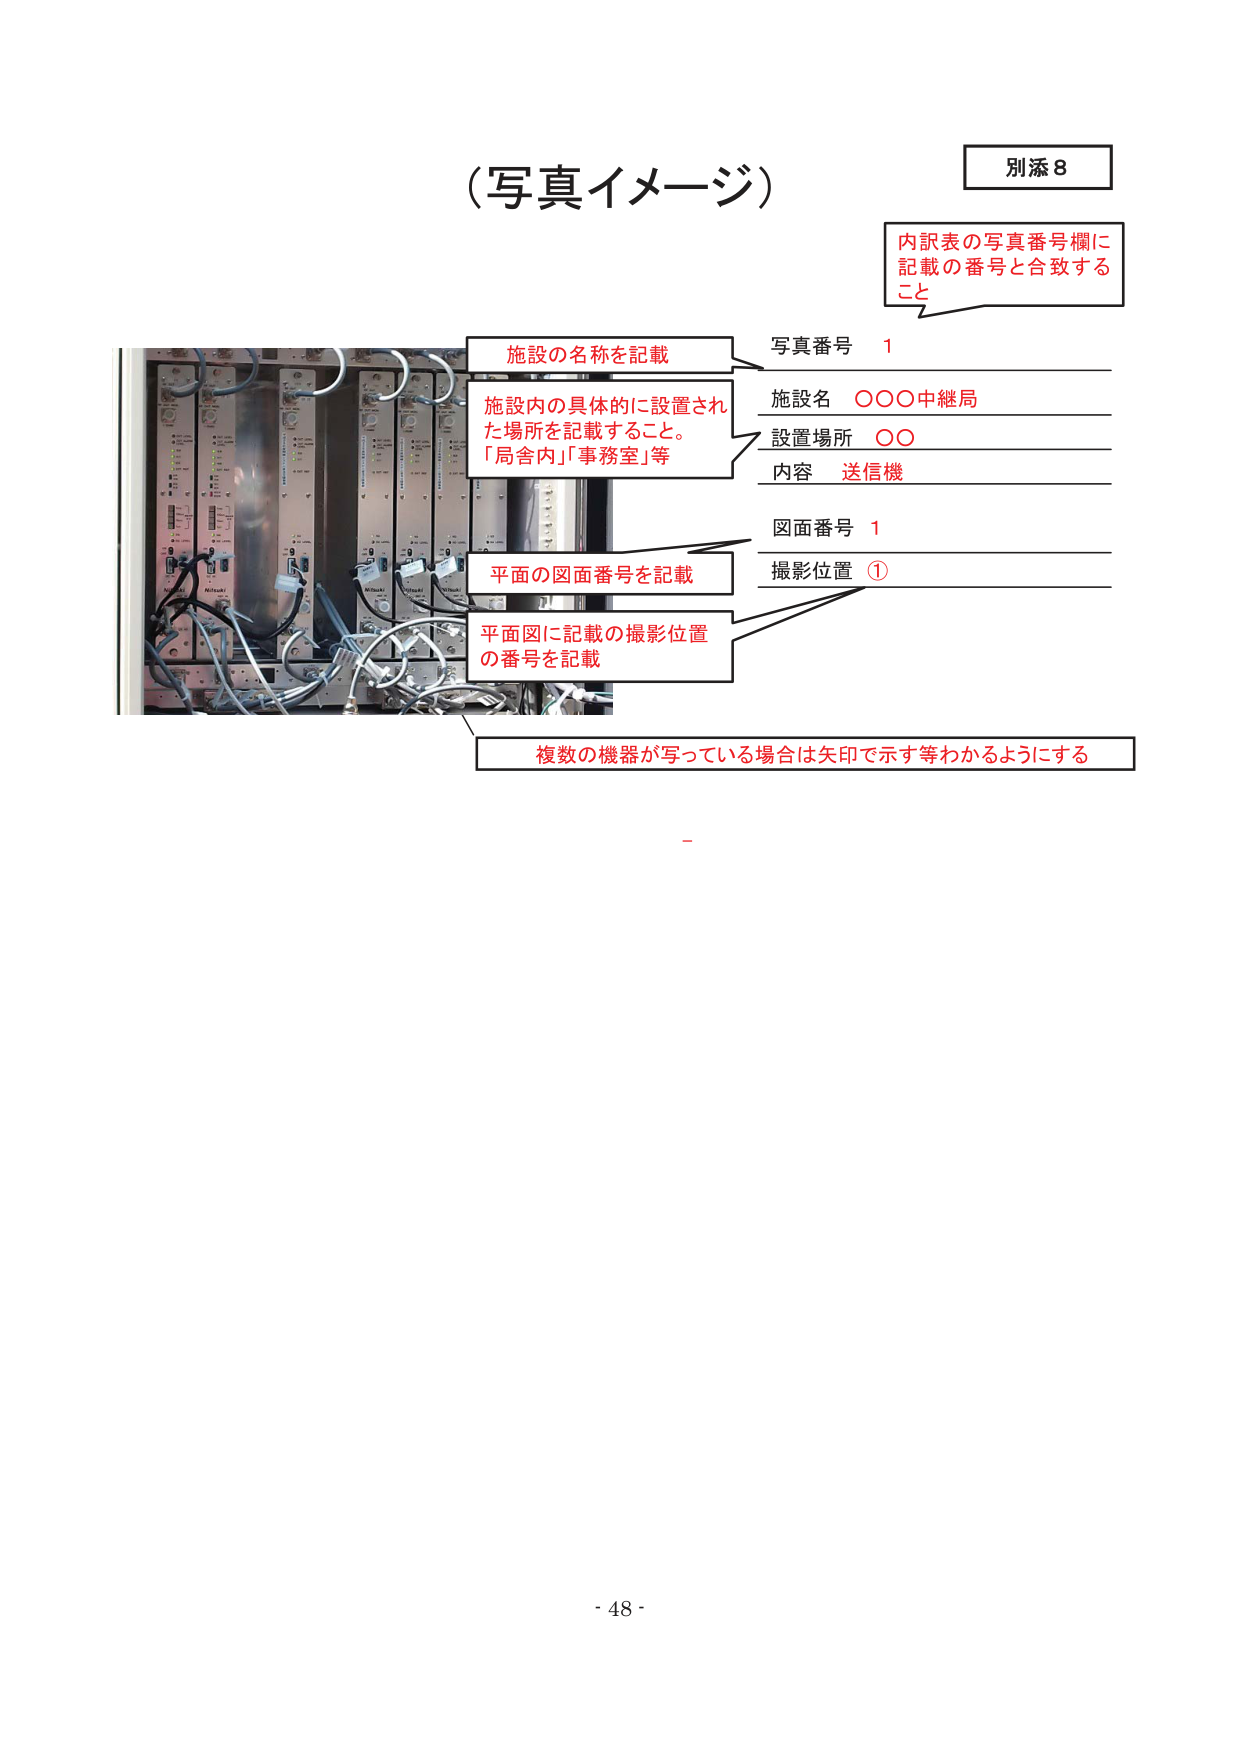
（写真イメージ）

別添8

内訳表の写真番号欄に
記載の番号と合致する
こと

写真番号 1

施設名 ○○○中継局
設置場所 ○○
内容 送信機

図面番号 1
撮影位置 ①

施設の名称を記載

施設内の具体的に設置され
た場所を記載すること。
「局舎内」「事務室」等

平面の図面番号を記載

平面図に記載の撮影位置
の番号を記載

複数の機器が写っている場合は矢印で示す等わかるようにする

- 48 -